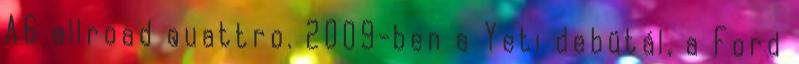
A6 allroad quattro. 2009-ben a Yeti debütál, a Ford